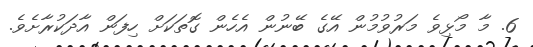
6. މާ މޯޅިވެ މަރުވުމުން އޭގެ ބޭނުން އެހެން ގޮތަކަށް ހިފަން އާދަކުރާށެވެ.